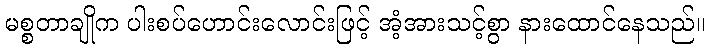
မစ္စတာချိုက ပါးစပ်ဟောင်းလောင်းဖြင့် အံ့အားသင့်စွာ နားထောင်နေသည်။